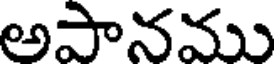
అపానము